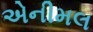
એનીમલ